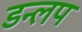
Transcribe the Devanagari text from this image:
डन्लप